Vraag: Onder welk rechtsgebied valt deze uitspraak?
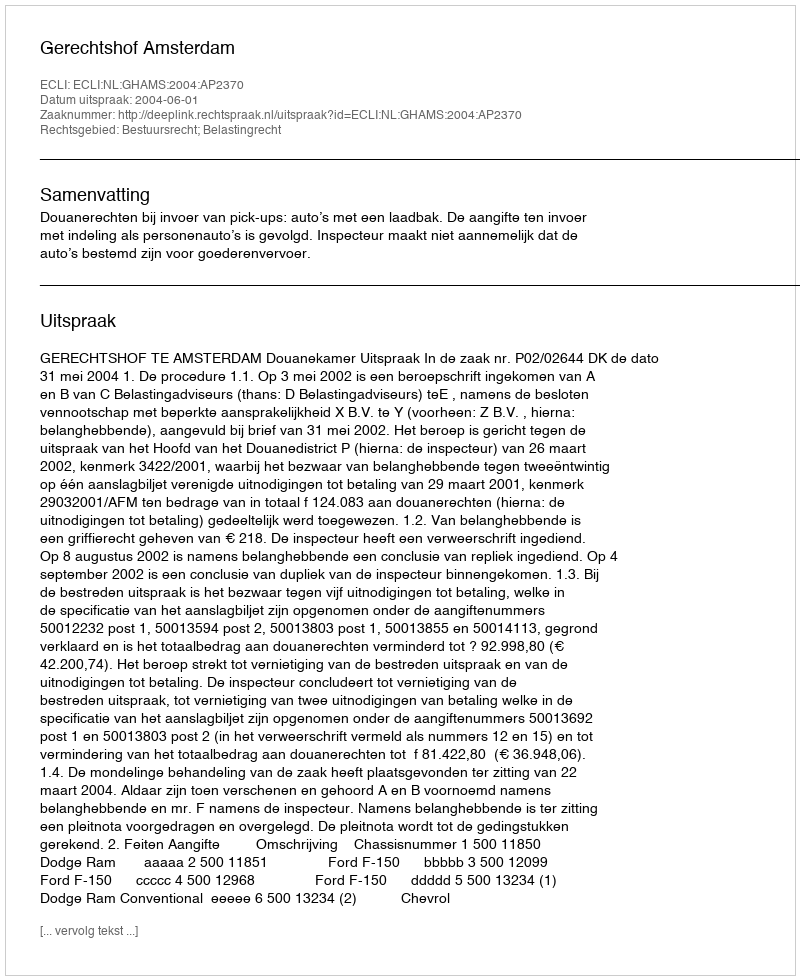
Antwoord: Bestuursrecht; Belastingrecht